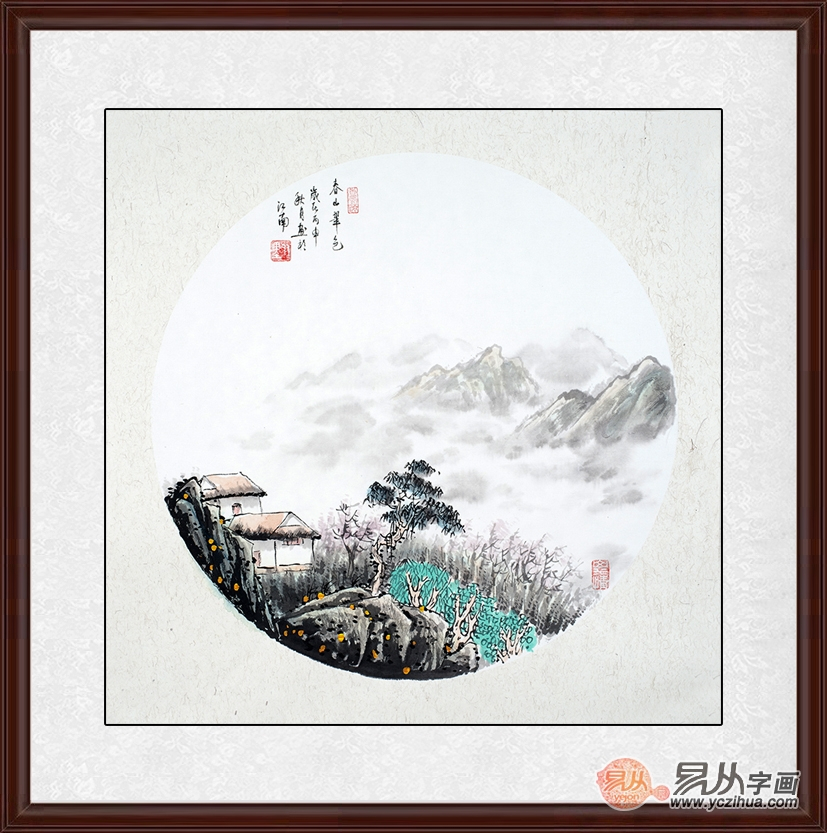
东风洒雨露，会入天地春。